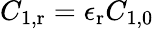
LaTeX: C_{1,\mathrm{r}}=\epsilon_{\mathrm{r}}C_{1,0}